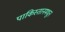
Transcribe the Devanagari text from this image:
पाकिस्तानमधून